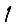
Digit: 1